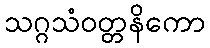
သဂ္ဂသံဝတ္တနိကော